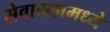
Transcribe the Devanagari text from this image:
सेवादलामध्ये